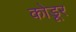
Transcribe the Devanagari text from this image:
कोडूर